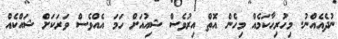
ނުދެއެއްނު. މިހުރިހާކަމެއް މިހެން އޮތް އިރުވެސް ޝިއުއަށް ހަމަ އެއްވެސް ވަރަކަށް ޝައްކެއް